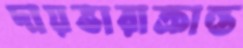
দায়ভারাক্রান্ত